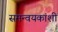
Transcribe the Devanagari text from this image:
समन्वयकांशी